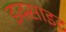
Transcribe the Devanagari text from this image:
इक्साइट